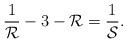
LaTeX: \begin{align*} \frac{1}{\mathcal{R}} - 3 - \mathcal{R} = \frac{1}{\mathcal{S}}.\end{align*}